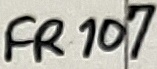
Text: FR107